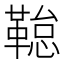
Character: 𮧢